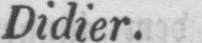
Didier.